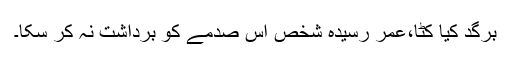
برگد کیا کٹا،عمر رسیدہ شخص اس صدمے کو برداشت نہ کر سکا۔